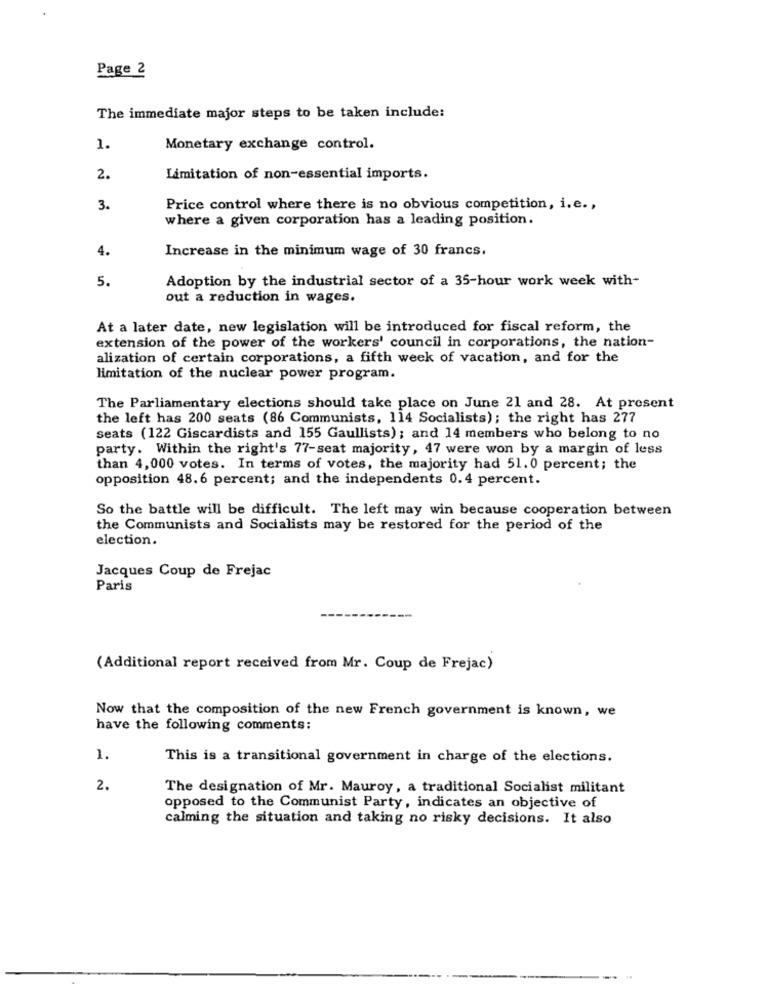
Page 2
The immediate major steps to be taken include:
1.
Monetary exchange control.
2.
Limitation of non-essential imports.
3.
Price control where there is no obvious competition, i.e .,
where a given corporation has a leading position.
4.
Increase in the minimum wage of 30 francs.
5.
Adoption by the industrial sector of a 35-hour work week with-
out a reduction in wages.
At a later date, new legislation will be introduced for fiscal reform, the
extension of the power of the workers' council in corporations, the nation-
alization of certain corporations, a fifth week of vacation, and for the
limitation of the nuclear power program.
The Parliamentary elections should take place on June 21 and 28. At present
the left has 200 seats (86 Communists, 114 Socialists); the right has 277
seats (122 Giscardists and 155 Gaullists) ; and 14 members who belong to no
party. Within the right's 77-seat majority, 47 were won by a margin of less
than 4,000 votes. In terms of votes, the majority had 51. 0 percent; the
opposition 48.6 percent; and the independents 0.4 percent.
So the battle will be difficult. The left may win because cooperation between
the Communists and Socialists may be restored for the period of the
election.
Jacques Coup de Frejac
Paris
(Additional report received from Mr. Coup de Frejac)
Now that the composition of the new French government is known, we
have the following comments:
1.
This is a transitional government in charge of the elections.
2.
The designation of Mr. Mauroy, a traditional Socialist militant
opposed to the Communist Party, indicates an objective of
calming the situation and taking no risky decisions. It also